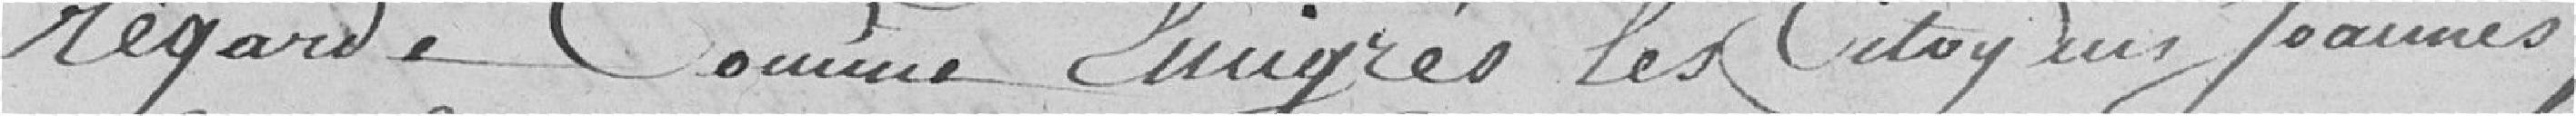
regarde comme 2migrés les Citoyens Joannes,